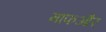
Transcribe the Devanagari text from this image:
माफऔर